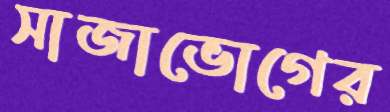
সাজাভোগের